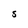
Character: S